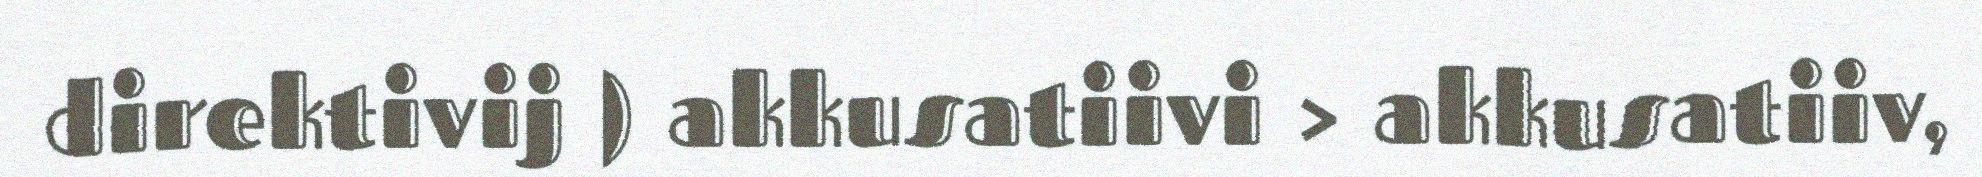
direktivij ) akkusatiivi > akkusatiiv,